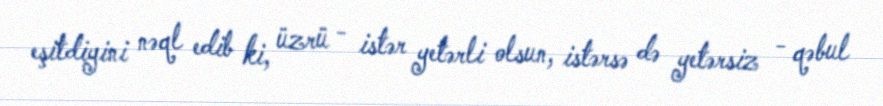
eşitdiyini nəql edib ki, üzrü - istər yetərli olsun, istərsə də yetərsiz - qəbul